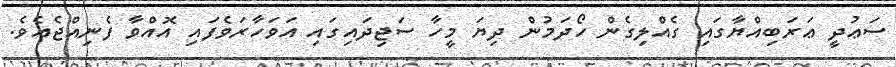
ސަޢުދީ ޢަރަބިއްޔާގައި ގެއްލިގެން ހޯދަމުން ދިޔަ މީހާ ސަޖިދައިގައި އަވަހާރަވެފައި އޮއްވާ ފެނިއްޖެއެވެ.